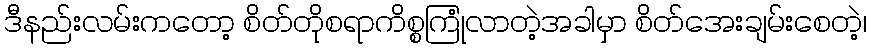
ဒီနည်းလမ်းကတော့ စိတ်တိုစရာကိစ္စကြုံလာတဲ့အခါမှာ စိတ်အေးချမ်းစေတဲ့၊